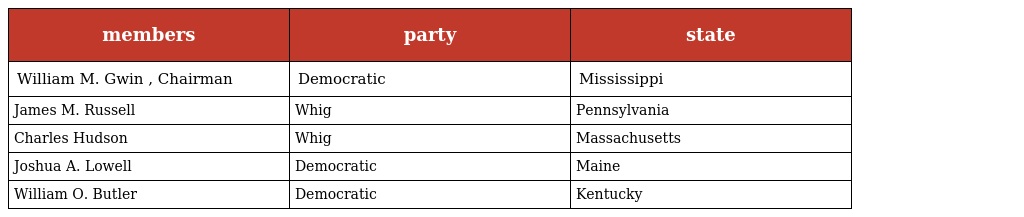
| members | party | state |
 | --- | --- | --- |
 | William M. Gwin , Chairman | Democratic | Mississippi |
 | James M. Russell | Whig | Pennsylvania |
 | Charles Hudson | Whig | Massachusetts |
 | Joshua A. Lowell | Democratic | Maine |
 | William O. Butler | Democratic | Kentucky |